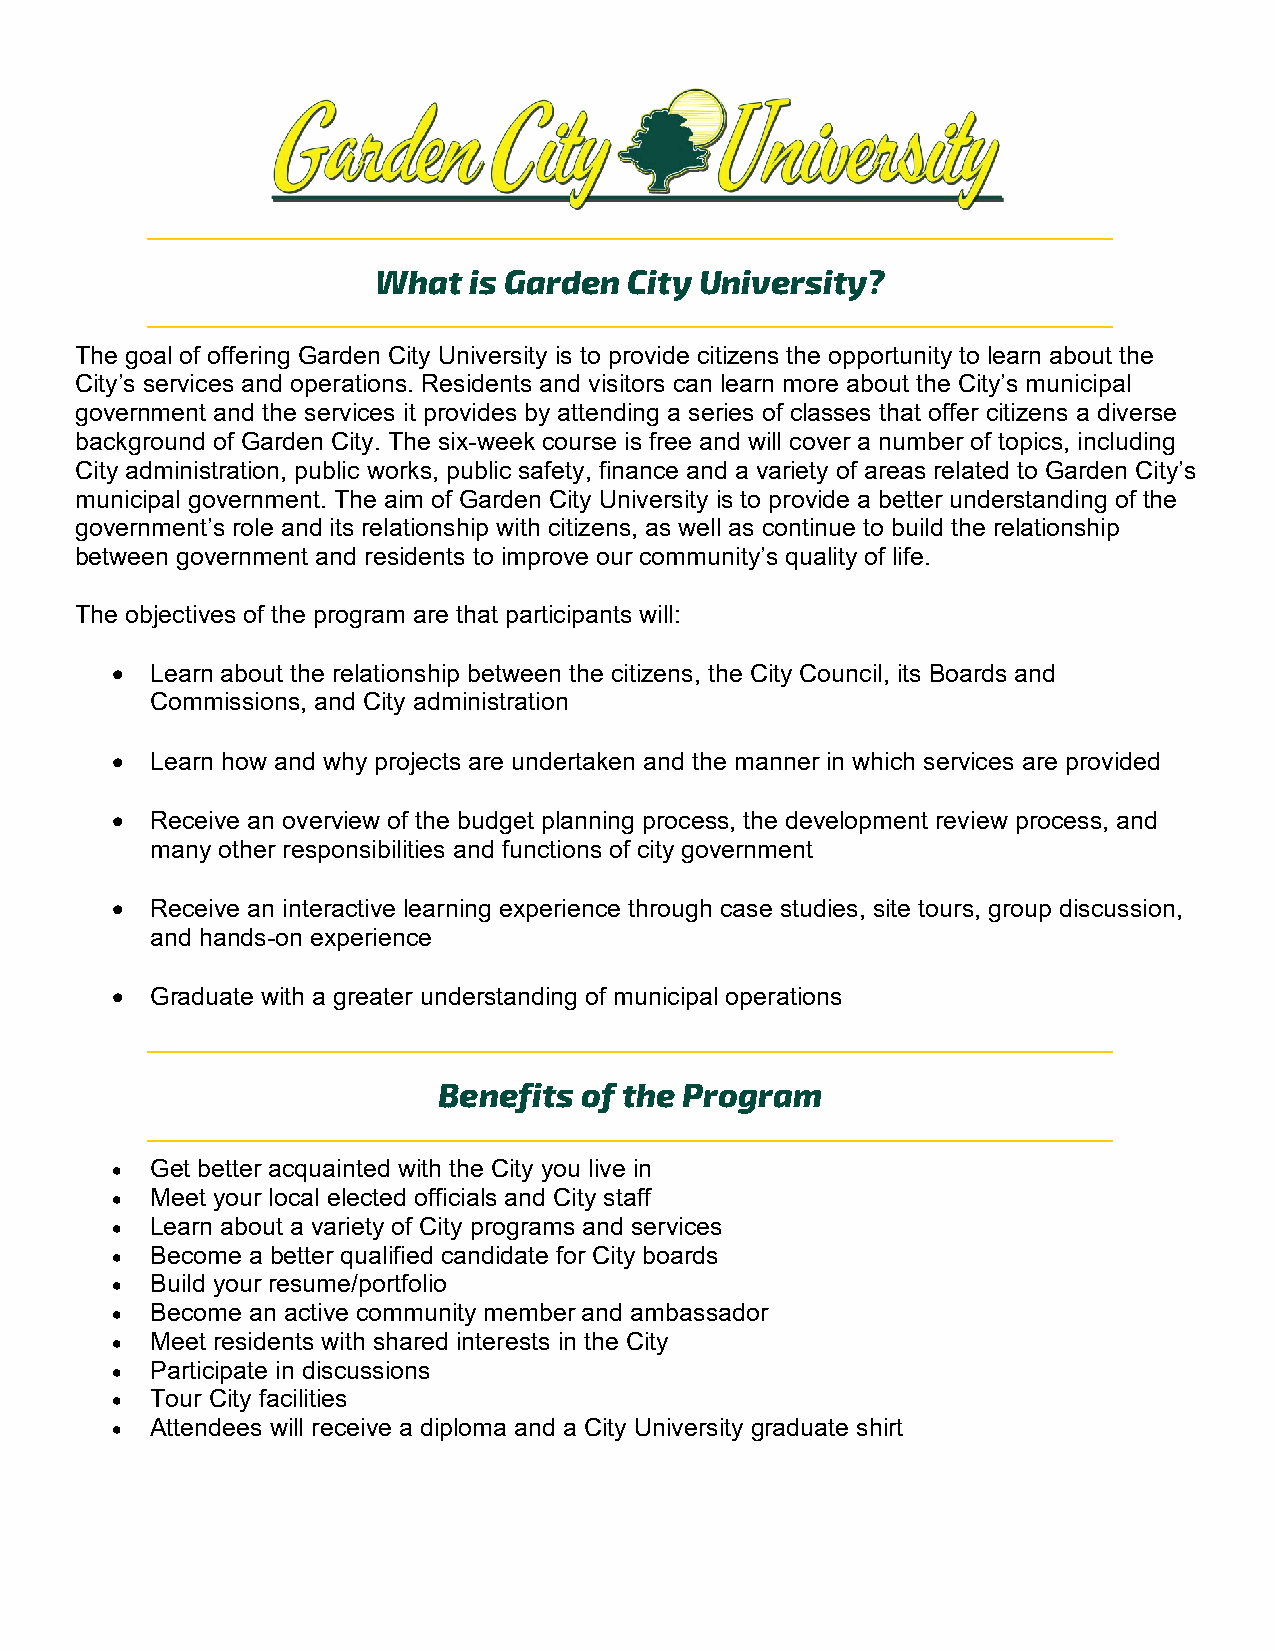
What  is Garden  City University?
 The goal of offering Garden City University is to provide citizens the opportunity to learn about the
 City’s services and operations. Residents and visitors can learn more about the City’s municipal
 government and the services it provides by attending a series of classes that offer citizens a diverse
 background of Garden City. The six-week course is free and will cover a number of topics, including
 City administration, public works, public safety, finance and a variety of areas related to Garden City’s
 municipal government. The aim of Garden City University is to provide a better understanding of the
 government’s role and its relationship with citizens, as well as continue to build the relationship
 between government and residents to improve our community’s quality of life.
 The objectives of the program are that participants will:
 •  Learn about the relationship between the citizens, the City Council, its Boards and
 Commissions, and City administration
 •  Learn how and why projects are undertaken and the manner in which services are provided
 •  Receive an overview of the budget planning process, the development review process, and
 many other responsibilities and functions of city government
 •  Receive an interactive learning experience through case studies, site tours, group discussion,
 and hands-on experience
 •  Graduate with a greater understanding of municipal operations
 Benefits of the Program
 •  Get better acquainted with the City you live in
 •  Meet your local elected officials and City staff
 •  Learn about a variety of City programs and services
 •  Become a better qualified candidate for City boards
 •  Build your resume/portfolio
 •  Become an active community member and ambassador
 •  Meet residents with shared interests in the City
 •  Participate in discussions
 •  Tour City facilities
 •  Attendees will receive a diploma and a City University graduate shirt